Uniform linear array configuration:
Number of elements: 48
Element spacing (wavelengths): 0.75
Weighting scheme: uniform
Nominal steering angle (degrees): -45
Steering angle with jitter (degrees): -45.063
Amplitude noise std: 0.05
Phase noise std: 0.05

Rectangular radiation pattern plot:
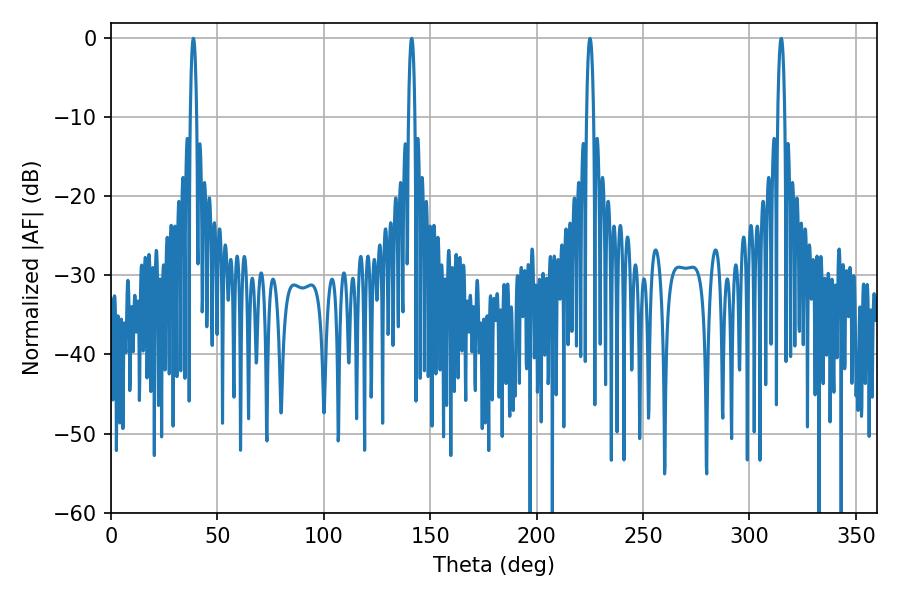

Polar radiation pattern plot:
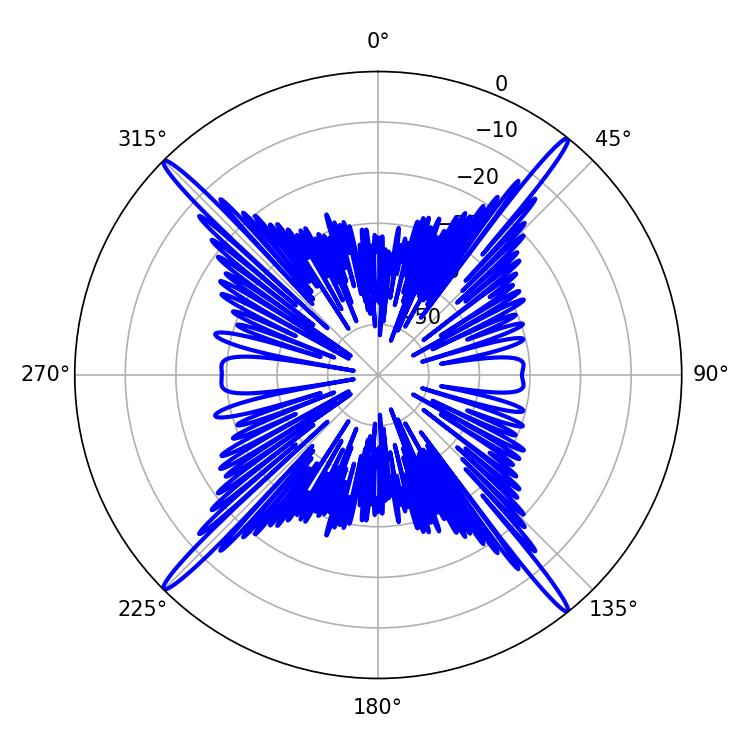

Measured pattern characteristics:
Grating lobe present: TRUE
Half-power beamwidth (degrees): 1.62
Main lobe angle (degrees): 38.7